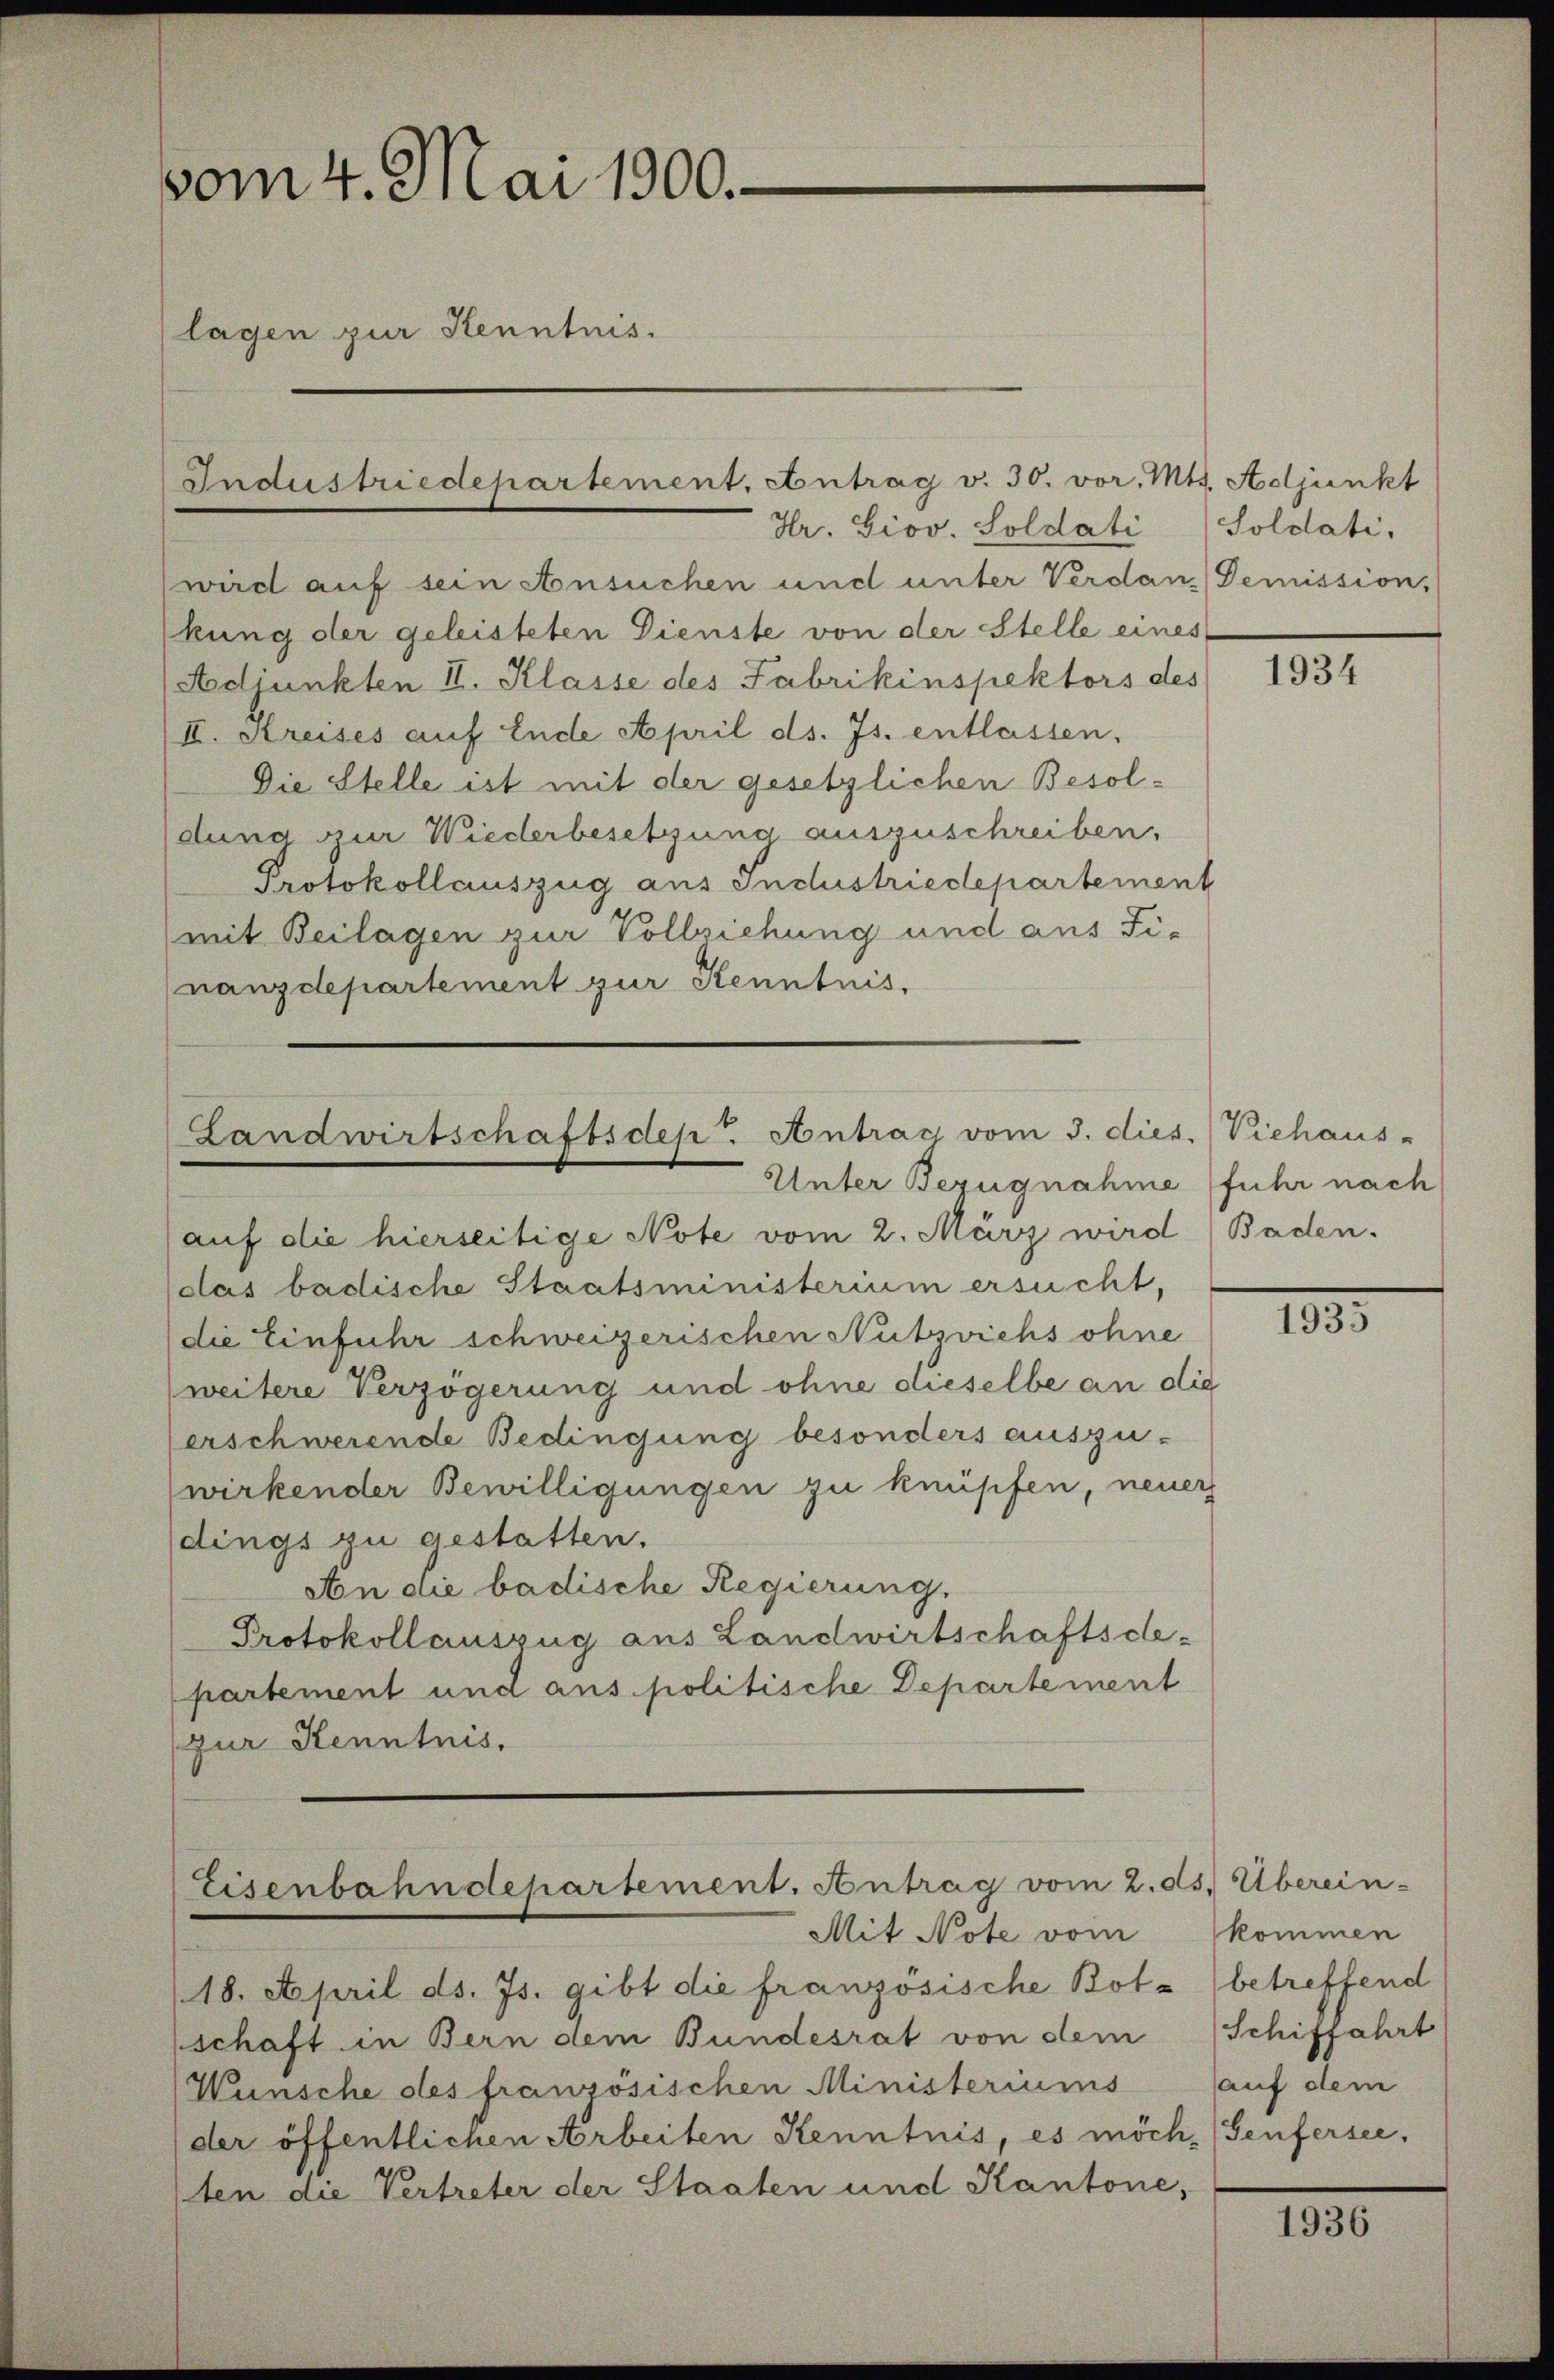
vom 4. Mai 1900.
(lagen zur Kenntnis.

Hr. Giov. Soldati
wird auf sein Ansuchen und unter Verdanz Demission,
kung der geleisteten Dienste von der Stelle eines
Adjunkten II. Klasse des Fabrikinspektors des
II. Kreises auf Ende April ds. Js. entlassen.
Die Stelle ist mit der gesetzlichen Besoldung zur Wiederbesetzung auszuschreiben,
Protokollauszug aus Industriedepartement
mit Beilagen zur Vollziehung und aus Finanzdepartement zur Kenntnis,

Industriedepartement. Antrag v. 30. vor. Mts. Adjunkt

Landwirtschaftsdepr Antrag vom 3. dies. Viehaus-
Unter Bezugnahme (fuhr nach

Eisenbahndepartement. Antrag vom 2. ds. Überein-
Mit Note vom

(18. April ds. Js. gibt die französische Botz (betreffend
schaft in Bern dem Bundesrat von dem
Wünsche des französischen Ministeriums
der öffentlichen Arbeiten Kenntnis, es möch, Genfersee,
ten die Vertreter der Staaten und Kantone,

auf die hierseitige Note vom 2. März wird ( Baden.
das badische Staatsministerium ersucht,
die Einfuhr schweizerischen Nutzviehs ohne
weitere Verzögerung und ohne dieselbe an die
erschwerende Bedingung besonders auszu-
wirkender Bewilligungen zu knüpfen, neuer
dings zu gestatten.
An die badische Regierung.
Protokollauszug aus Landwirtschaftsdepartement und aus politische Departement
(zur Kenntnis,

Soldati,

1934

183.

kommen
Schiffahrt
auf dem

1936